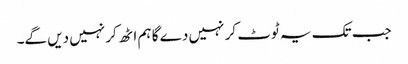
جب تک یہ ٹوٹ کر نہیں دے گا ہم اٹھ کر نہیں دیں گے۔